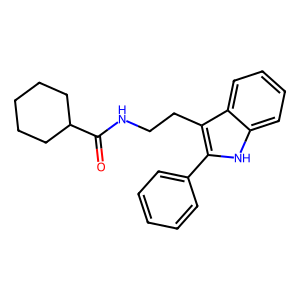
SMILES: O=C(NCCc1c(-c2ccccc2)[nH]c2ccccc12)C1CCCCC1
Inhibits HIV replication: No